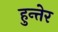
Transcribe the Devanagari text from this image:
हुन्तेर